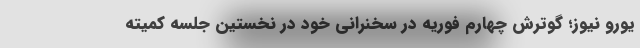
یورو نیوز؛ گوترش چهارم فوریه در سخنرانی خود در نخستین جلسه کمیته